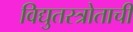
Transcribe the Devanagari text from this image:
विद्युतस्त्रोताची